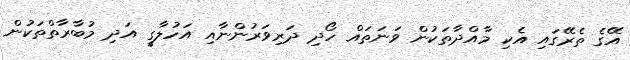
އޭގެ ތެރޭގައި އެކި މާއްދާތަކުން ވަނަތައް ހޯދި ދަރިވަރުންނާއި އަހުލާގީ އަދި މުބާރާތްތަކުން